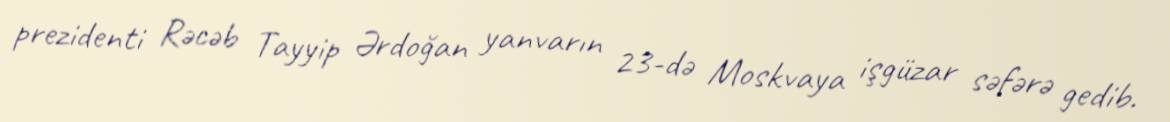
prezidenti Rəcəb Tayyip Ərdoğan yanvarın 23-də Moskvaya işgüzar səfərə gedib.